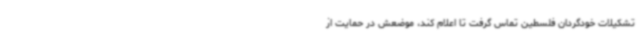
تشکیلات خودگردان فلسطین تماس گرفت تا اعلام کند، موضعش در حمایت از